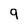
Character: 9